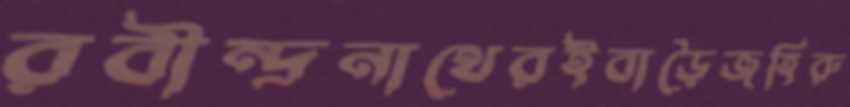
রবীন্দ্রনাথেরইবাড়ৈজহিরু